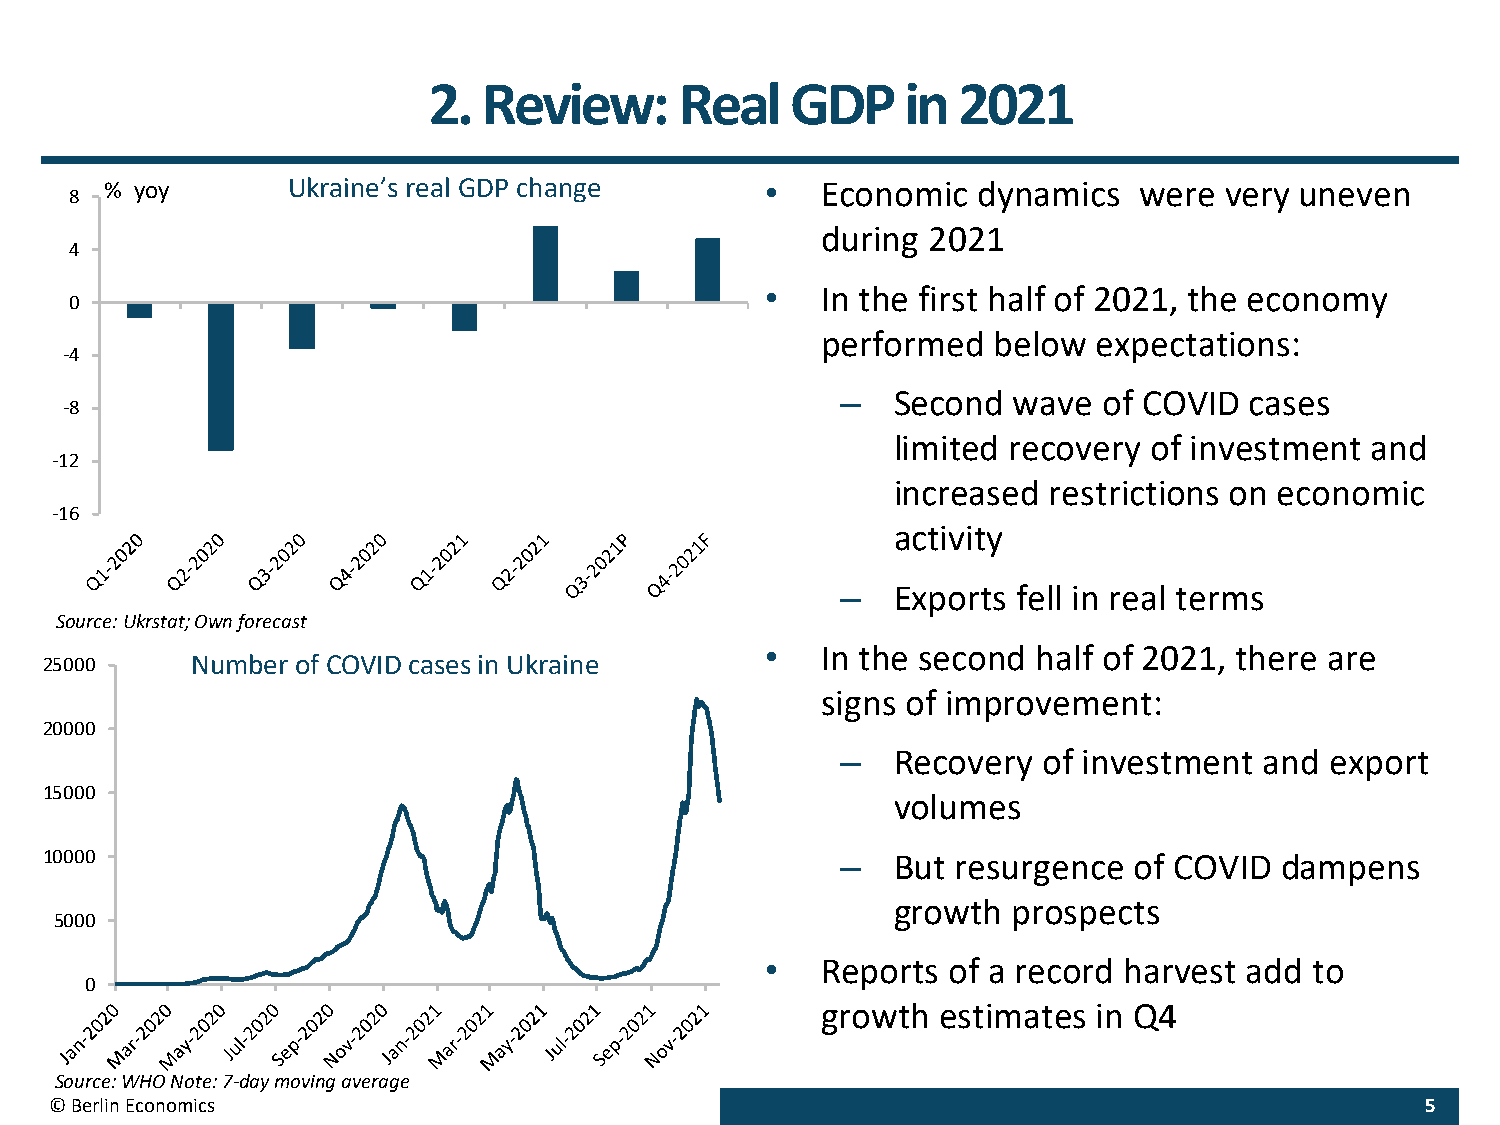
2.  Review:      Real   GDP     in 2021
 % yoy       Ukraine’s real GDP change       •  Economic   dynamics  were  very uneven
 8
 during 2021
 4
 •  In the first half of 2021, the economy
 0
 performed   below  expectations:
 -4
 –  Second  wave  of COVID  cases
 -8
 limited recovery of investment  and
 -12
 increased restrictions on economic
 -16
 activity
 –  Exports fell in real terms
 Source: Ukrstat; Own forecast
 •  In the second  half of 2021, there are
 25000     Number of COVID cases in Ukraine
 signs of improvement:
 20000
 –  Recovery  of investment  and export
 15000
 volumes
 10000                                                –  But resurgence  of COVID  dampens
 growth  prospects
 5000
 •  Reports  of a record harvest add to
 0
 growth  estimates  in Q4
 Source: WHO Note: 7-day moving average
 © Berlin Economics                                                                         5